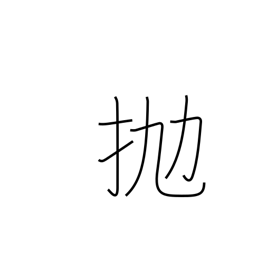
Meaning: hurl